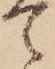
て